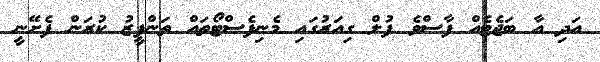
އަދި އާ ބަޖެޓެއް ފާސްވެ ފުލް ގިއަރުގައި މެނިފެސްޓޯތައް ތަންފީޒު ކުރަން ފެށޭނީ